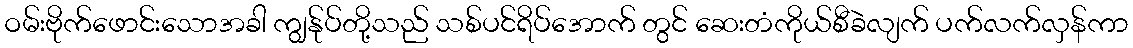
ဝမ်းဗိုက်ဖောင်းသောအခါ ကျွန်ုပ်တို့သည် သစ်ပင်ရိပ်အောက် တွင် ဆေးတံကိုယ်စီခဲလျက် ပက်လက်လှန်ကာ